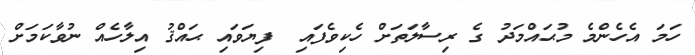
ހަމަ އެހެންމެ މުޙައްމަދު  ގެ ރިސާލަތަށް ހެކިވެފައި  ފިޔަވައި ޙައްޤު އިލާހެއް ނުވާކަމަށް